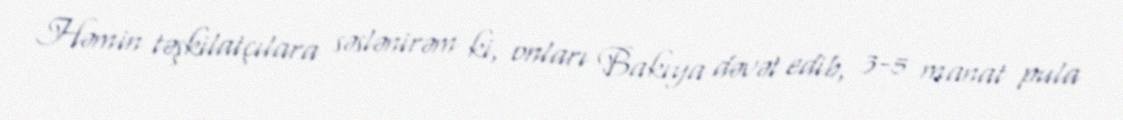
Həmin təşkilatçılara səslənirəm ki, onları Bakıya dəvət edib, 3-5 manat pula